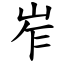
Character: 岝